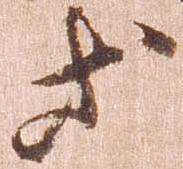
等